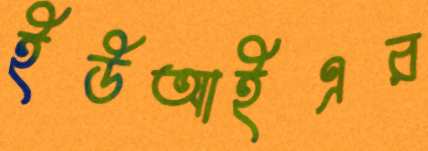
ইউআইএর